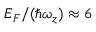
E _ { F } / ( \hbar \omega _ { z } ) \approx 6